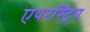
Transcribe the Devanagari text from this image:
एयरस्ट्रिप